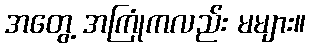
အတွေ့ အကြုံကလည်း မများ။